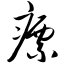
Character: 瘭